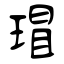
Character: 瑁